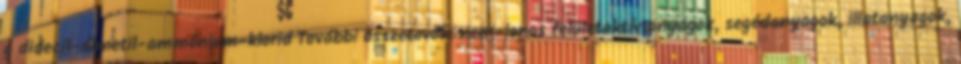
g didecil-dimetil-ammónium-klorid További összetevők: nem-ionos felületaktív anyagok, segédanyagok, illatanyagok,